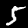
Label: 5